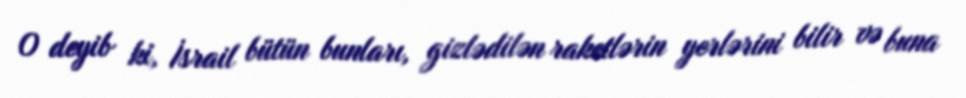
O deyib ki, İsrail bütün bunları, gizlədilən raketlərin yerlərini bilir və buna